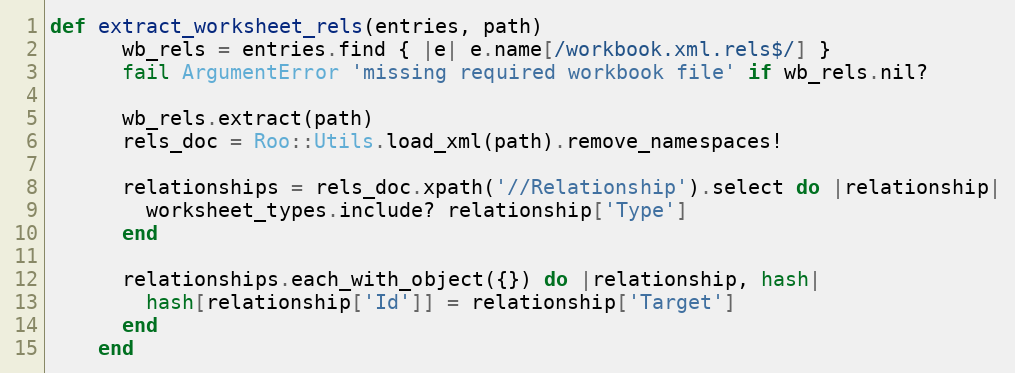
Language: Ruby
def extract_worksheet_rels(entries, path)
      wb_rels = entries.find { |e| e.name[/workbook.xml.rels$/] }
      fail ArgumentError 'missing required workbook file' if wb_rels.nil?

      wb_rels.extract(path)
      rels_doc = Roo::Utils.load_xml(path).remove_namespaces!

      relationships = rels_doc.xpath('//Relationship').select do |relationship|
        worksheet_types.include? relationship['Type']
      end

      relationships.each_with_object({}) do |relationship, hash|
        hash[relationship['Id']] = relationship['Target']
      end
    end